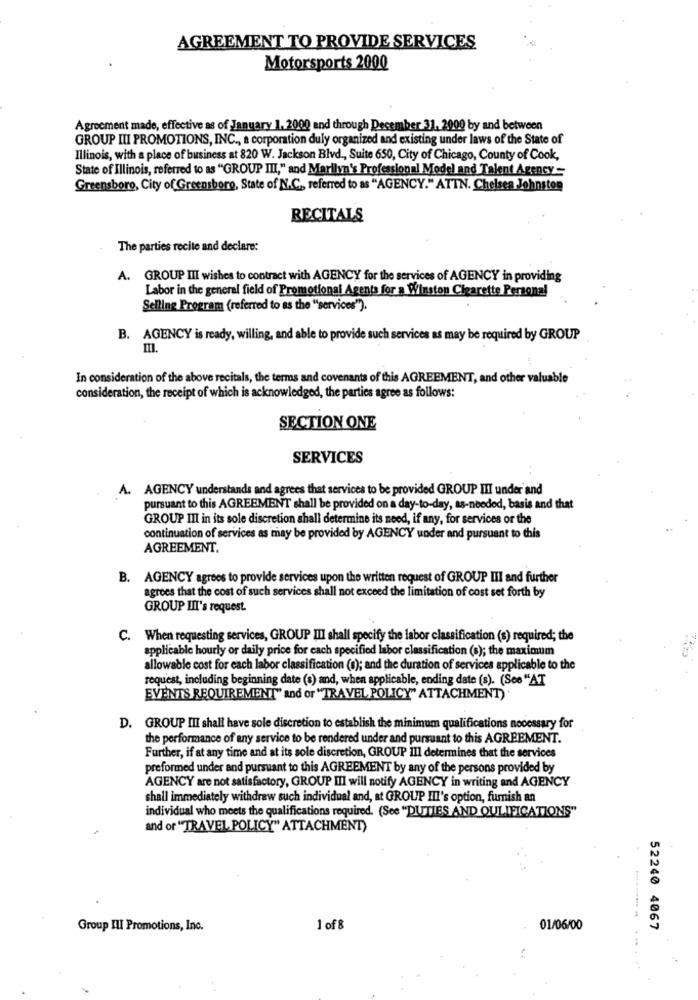
AGREEMENT TO PROVIDE SERVICES
Motorsports 2000
Agreement made, effective as of January 1. 2000 and through December 31. 2000 by and between
GROUP III PROMOTIONS, INC ., a corporation duly organized and existing under laws of the State of
Illinois, with a place of business at 820 W. Jackson Blvd ., Suite 650, City of Chicago, County of Cook,
State of Illinois, referred to as "GROUP III," and Marilyn's Professional Model and Talent Agency-
Greensboro, City of Greensboro, State of N.C ., referred to as "AGENCY." ATTN. Chelsea Johnston
RECITALS
The parties recite and declare:
A. GROUP III wishes to contract with AGENCY for the services of AGENCY in providing
Labor in the general field of Promotional Agents for a Winston Clearette Personal
Selling Program (referred to as the "services").
B. AGENCY is ready, willing, and able to provide such services as may be required by GROUP
III.
In consideration of the above recitals, the terms and covenants of this AGREEMENT, and other valuable
consideration, the receipt of which is acknowledged, the parties agree as follows:
SECTION ONE
SERVICES
A. AGENCY understands and agrees that services to be provided GROUP III under and
pursuant to this AGREEMENT shall be provided on a day-to-day, as-needed, basis and that
GROUP III in its sole discretion shall determine its need, if any, for services or the
continuation of services as may be provided by AGENCY under and pursuant to this
AGREEMENT.
B. AGENCY agrees to provide services upon the written request of GROUP III and further
agrees that the cost of such services shall not exceed the limitation of cost set forth by
GROUP III's request.
C. When requesting services, GROUP III shall specify the labor classification (s) required; the
applicable hourly or daily price for each specified labor classification (s); the maximum
allowable cost for each labor classification (0); and the duration of services applicable to the
request, including beginning date (s) and, when applicable, ending date (s). (See "AT
EVENTS REQUIREMENT" and or "TRAVEL POLICY" ATTACHMENT).
D. GROUP III shall have sole discretion to establish the minimum qualifications necessary for
the performance of any service to be rendered under and pursuant to this AGREEMENT.
Further, if at any time and at its sole discretion, GROUP III determines that the services
preformed under and pursuant to this AGREEMENT by any of the persons provided by
AGENCY are not satisfactory, GROUP III will notify AGENCY in writing and AGENCY
shall immediately withdraw such individual and, at GROUP III's option, furnish an
individual who meets the qualifications required. (See "DUTIES AND QULIFICATIONS"
and or "TRAVEL POLICY" ATTACHMENT)
Group III Promotions, Inc.
1 of 8
01/06/00
52240 4067